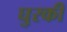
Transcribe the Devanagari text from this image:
घुरकी